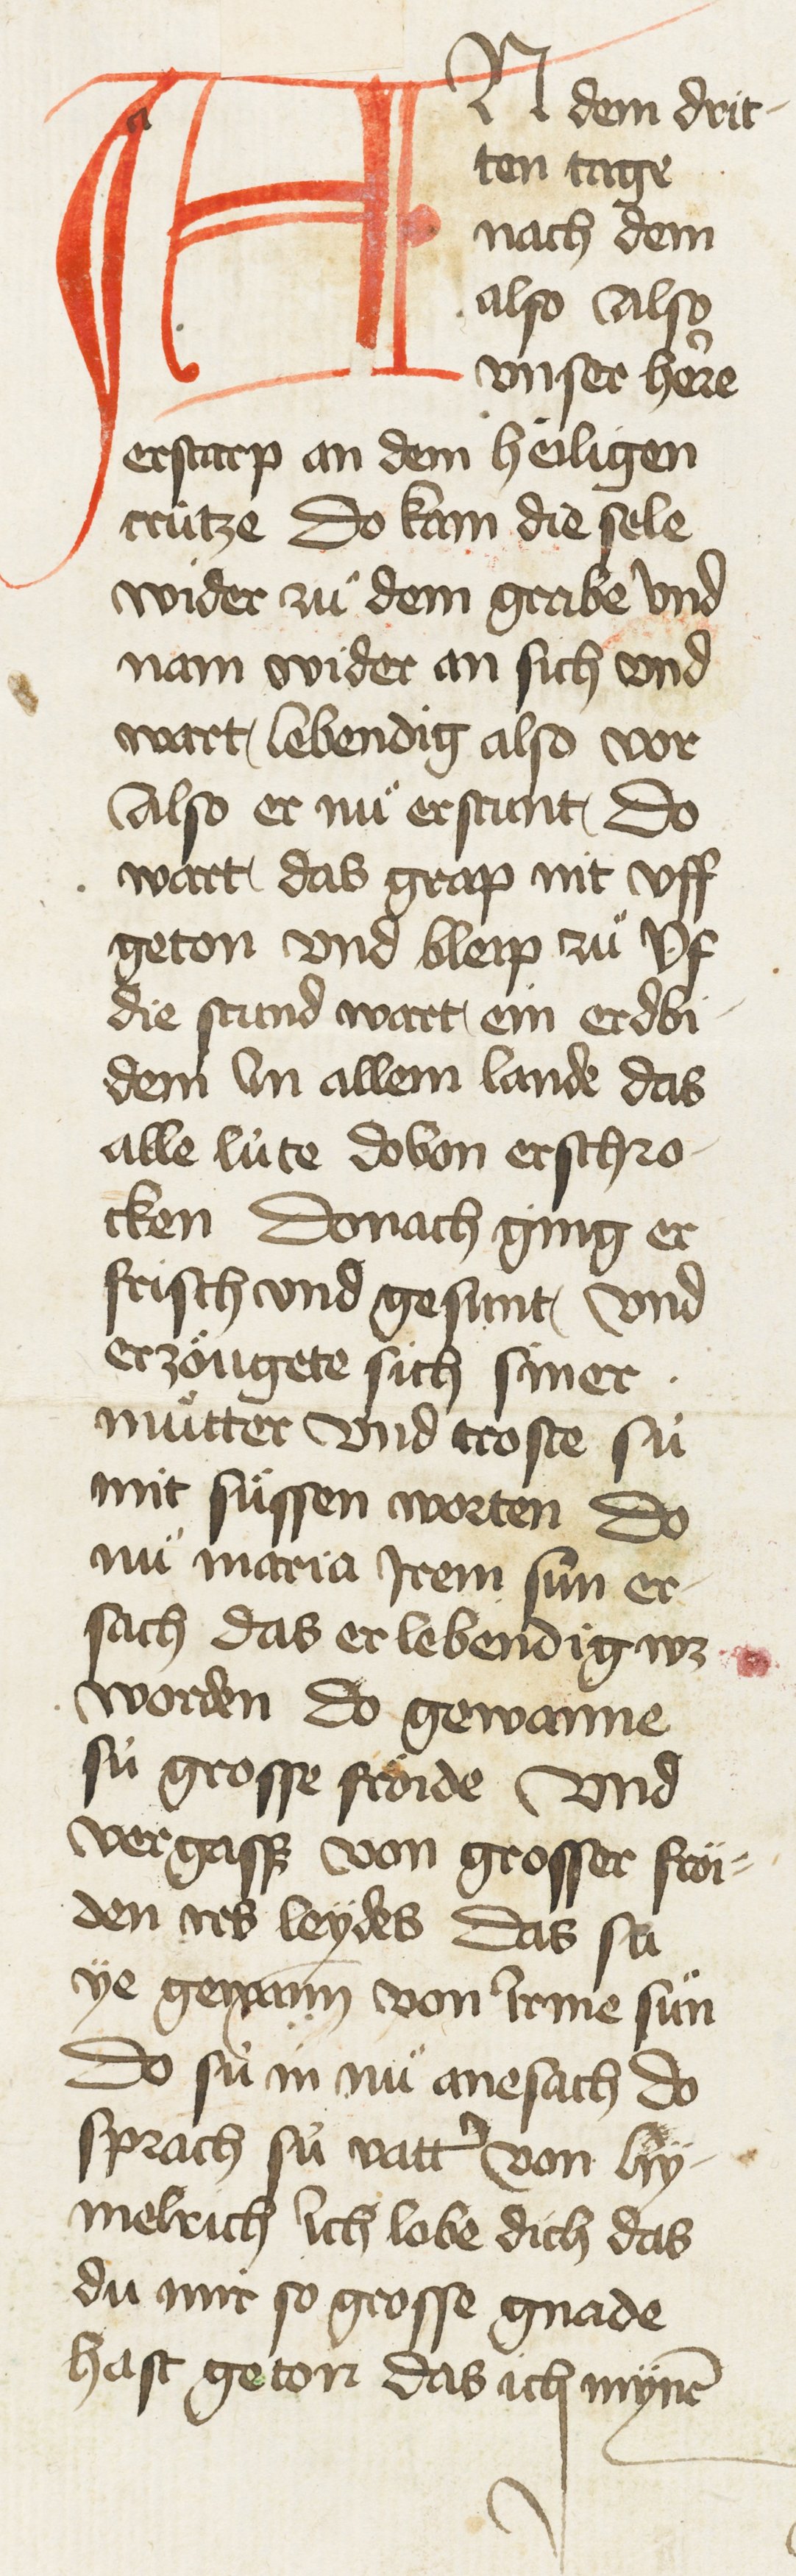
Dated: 1435–1465